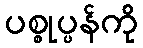
ပစ္စုပ္ပန်ကို